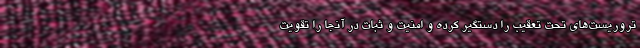
تروریست‌های تحت تعقیب را دستگیر کرده و امنیت و ثبات در آنجا را تقویت